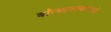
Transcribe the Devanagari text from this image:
बॉम्बहल्ल्यामध्ये